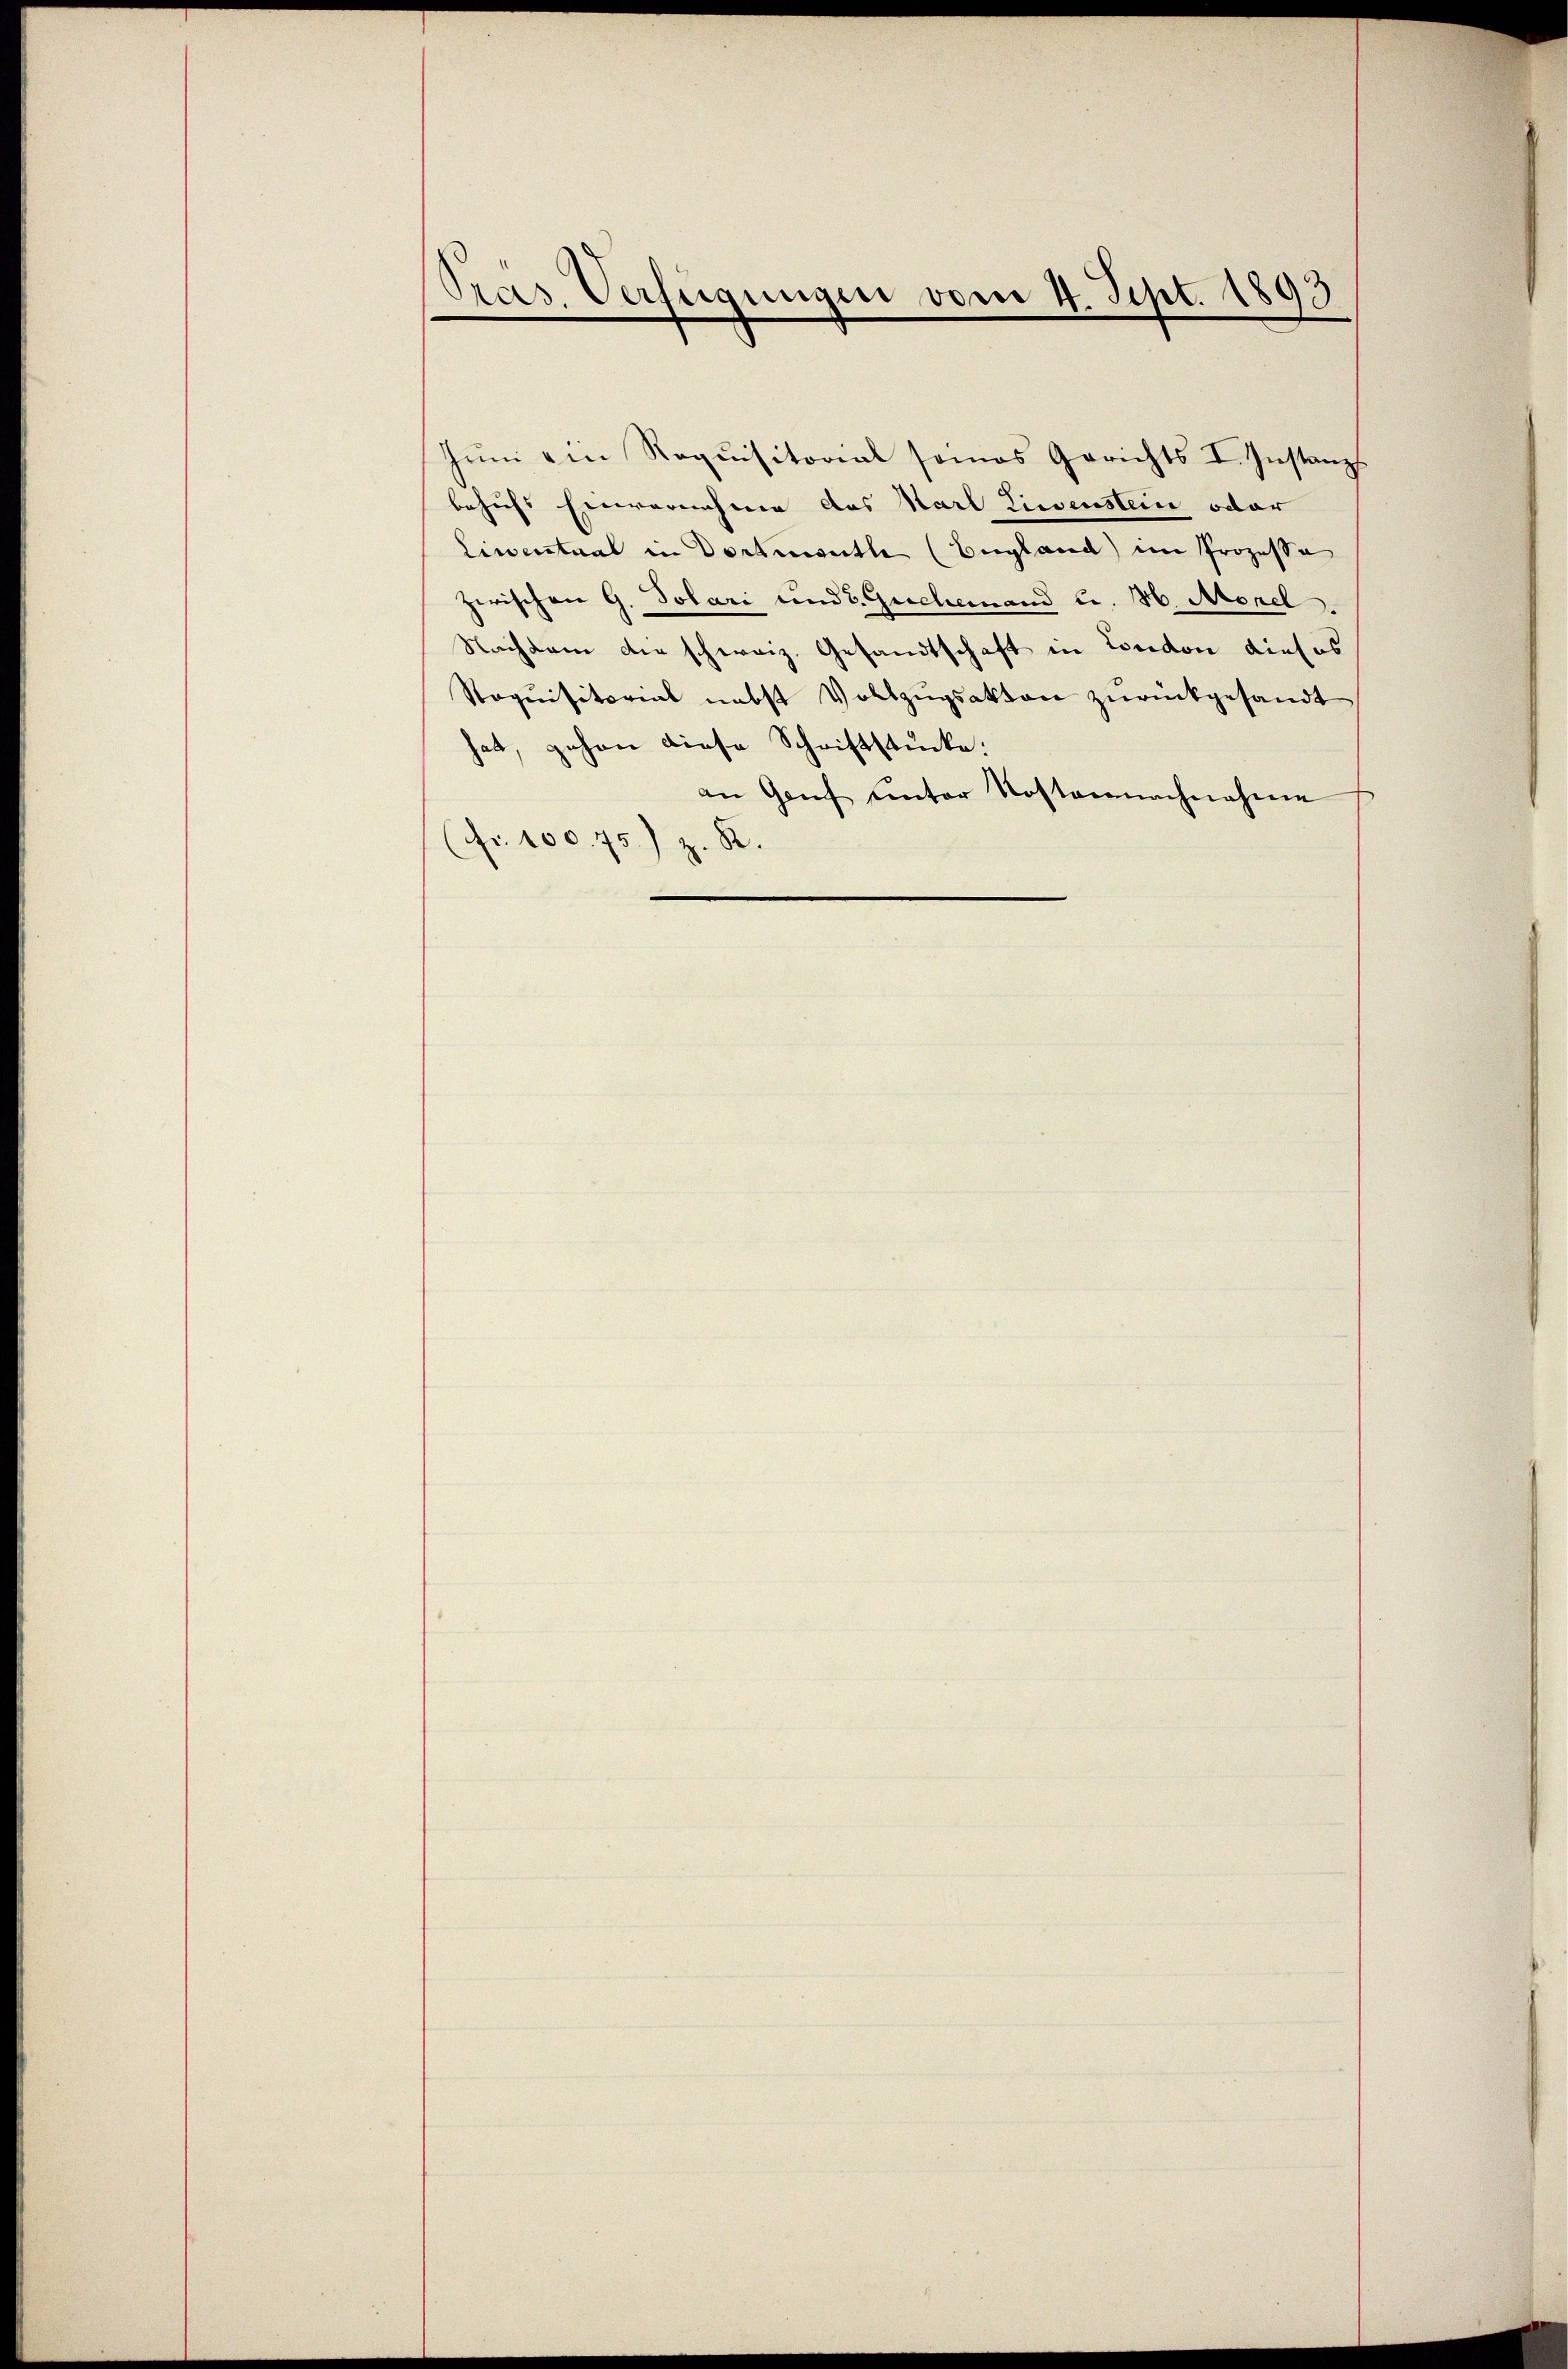
Präs. Verfügungen vom 4. Sept. 1893.

Jŭni ein Requisitorial seines Gerichts I. Instanz
behufs Einvernahme des Karl Liegenstein oder
Limentant in Dortnwette (England im Prozessa
zwischen G. Polari und 2. Geschemand u. H. Morel
Nachdem die schweiz. Gesandtschaft in London dieses
Noqŭisitorial nebst Vollzŭgsakten zŭrückgesandt
hat, gehen diese Schriftstücke:
an Genf unter Kostennachnahme
(Fr. 100. 75) z. R.